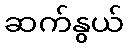
ဆက်နွယ်